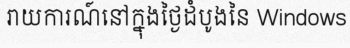
រាយការណ៍នៅក្នុងថ្ងៃដំបូងនៃ Windows